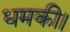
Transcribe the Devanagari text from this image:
धमकी।